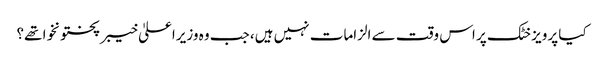
کیا پرویز خٹک پر اس وقت سے الزامات نہیں ہیں، جب وہ وزیراعلیٰ خیبر پختونخوا تھے؟